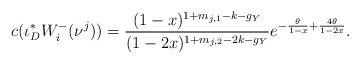
LaTeX: \begin{align*}c(\iota_{D}^{*}W^{-}_{i}(\nu^{j}))=\frac{(1-x)^{1+m_{j,1}-k-g_{Y}}}{(1-2x)^{1+m_{j,2}-2k-g_{Y}}}e^{-\frac{\theta}{1-x}+\frac{4\theta}{1-2x}}.\end{align*}